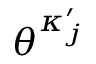
\theta ^ { \kappa _ { j } ^ { \prime } }